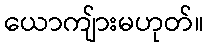
ယောကျ်ားမဟုတ်။